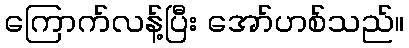
ကြောက်လန့်ပြီး အော်ဟစ်သည်။